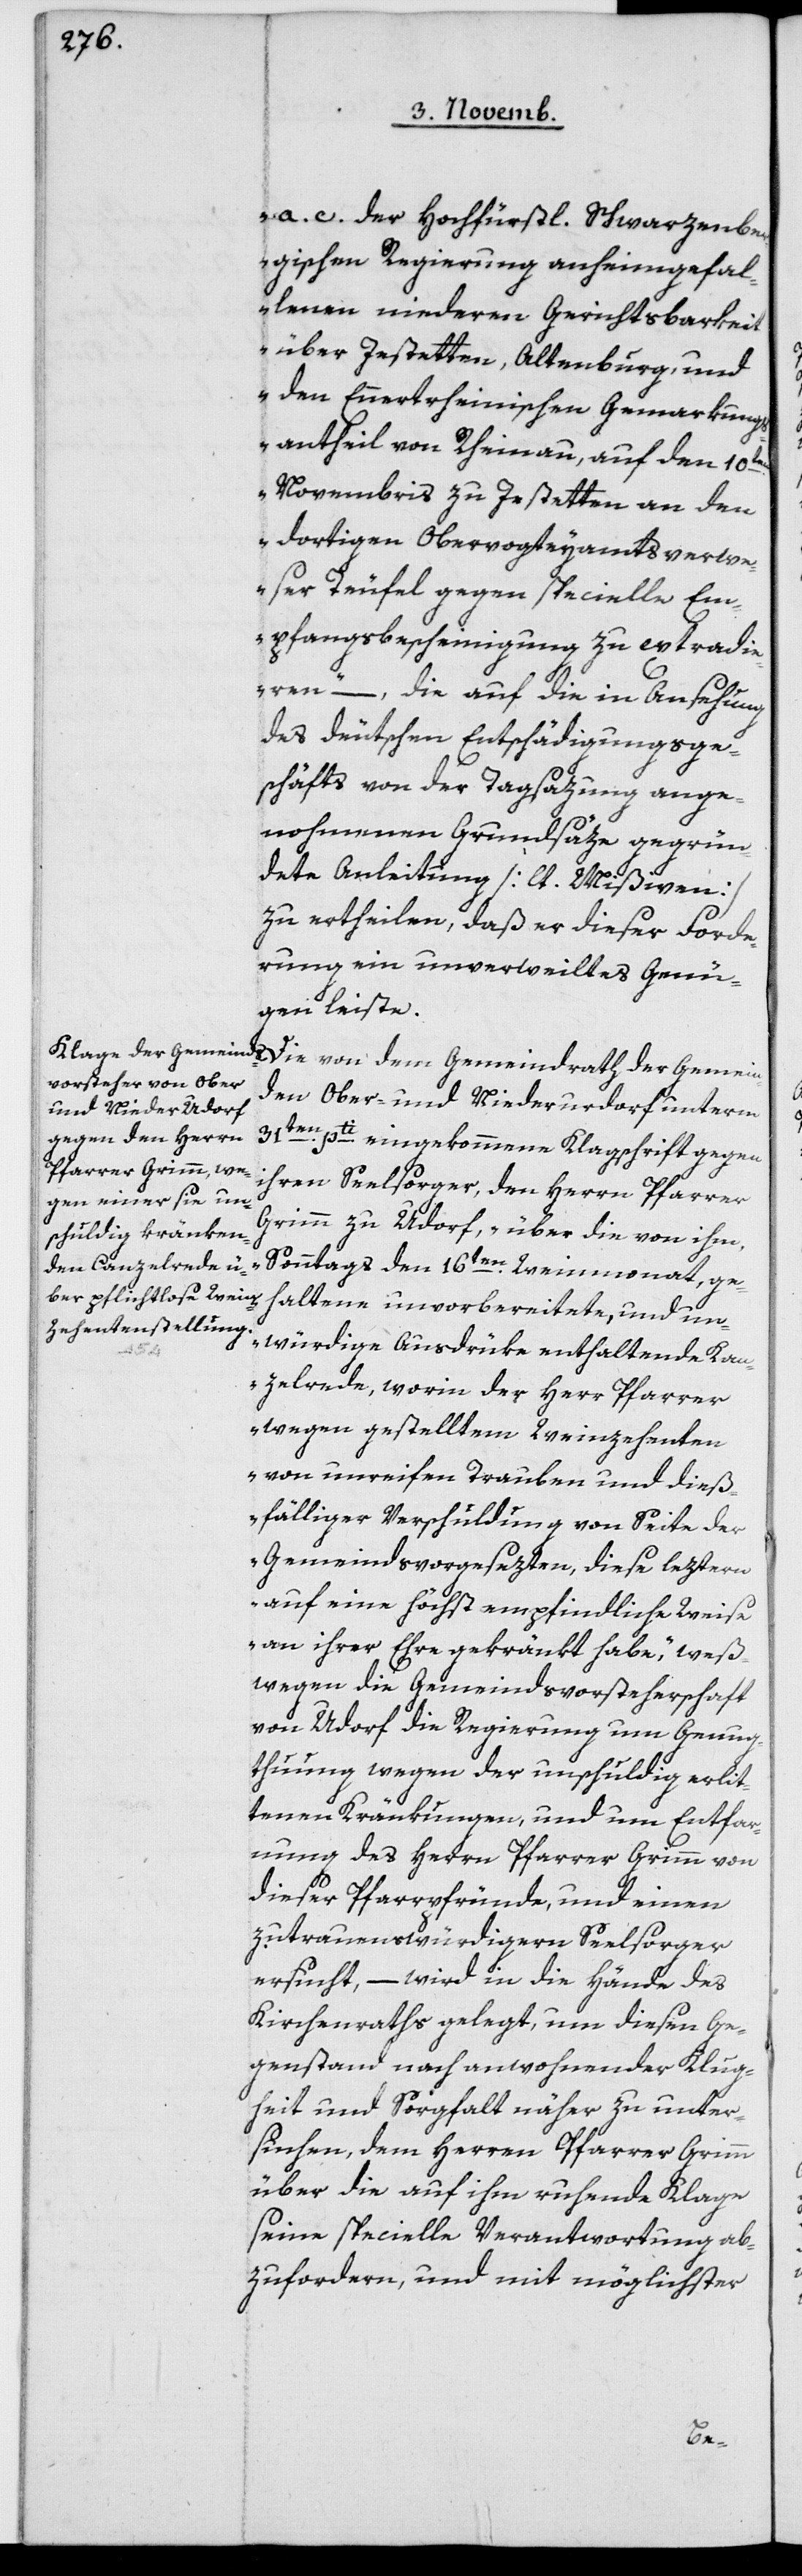
a. c. der Hochfürstl. Schwarzenbe¬
rgischen Regierung anheimgefal¬
lenen niederen Gerichtsbarkeit
über Jestetten, Altenburg, und
den Ennertrheinischen Gemarkungs¬
antheil von Rheinau, auf den 10ten
Novembris zu Jestetten an den
dortigen Obervogteyamtsverw¬
eser Teufel gegen specielle Em¬
pfangsbescheinigung zu extradie¬
ren“ –, die auf die in Ansehung
des deutschen Entschädigungsge¬
schäfts von der Tagsazung ange¬
nommenen Grundsäze gegrün¬
dete Anleitung [lt. Mißiven]z¬
u ertheilen, daß er dieser Forde¬
rung ein unverweiltes Genü¬
gen leiste.
den Ober- und Niederurdorf unterm
31ten pti eingekommene Klagschrift gegen
ihren Seelsorger, den Herrn Pfarrer
Grimm zu Urdorf, „über die von ihm
Sonntags den 16ten Weinmonat, ge¬
haltene unvorbereitete und un¬
würdige Ausdrüke enthaltende Ka¬
nzelrede, worin der Herr Pfarrer
wegen gestelltem Weinzehenten
von unreifen Trauben und dieß¬
fälliger Verschuldung von Seite der
Gemeindsvorgesezten, diese leztern
auf eine höchst empfindliche Weise
an ihrer Ehre gekränkt habe“, weß¬
wegen die Gemeindsvorsteherschaft
von Urdorf die Regierung um Genug¬
tuung wegen der unschuldig erlit¬
tenen Kränkungen, und um Entfer¬
nung des Herrn Pfarrer Grimm von
dieser Pfarrpfründe, und einen
zutrauenswürdigeren Seelsorger
ersucht, – wird in die Hände des
Kirchenraths gelegt, um diesen Ge¬
genstand nach anwohnender Klug¬
heit und Sorgfalt näher zu unter¬
suchen, dem Herrn Pfarrer Grimm
über die auf ihm ruhende Klage
seine specielle Verantwortung ab¬
zufordern, und mit möglichster
mein¬